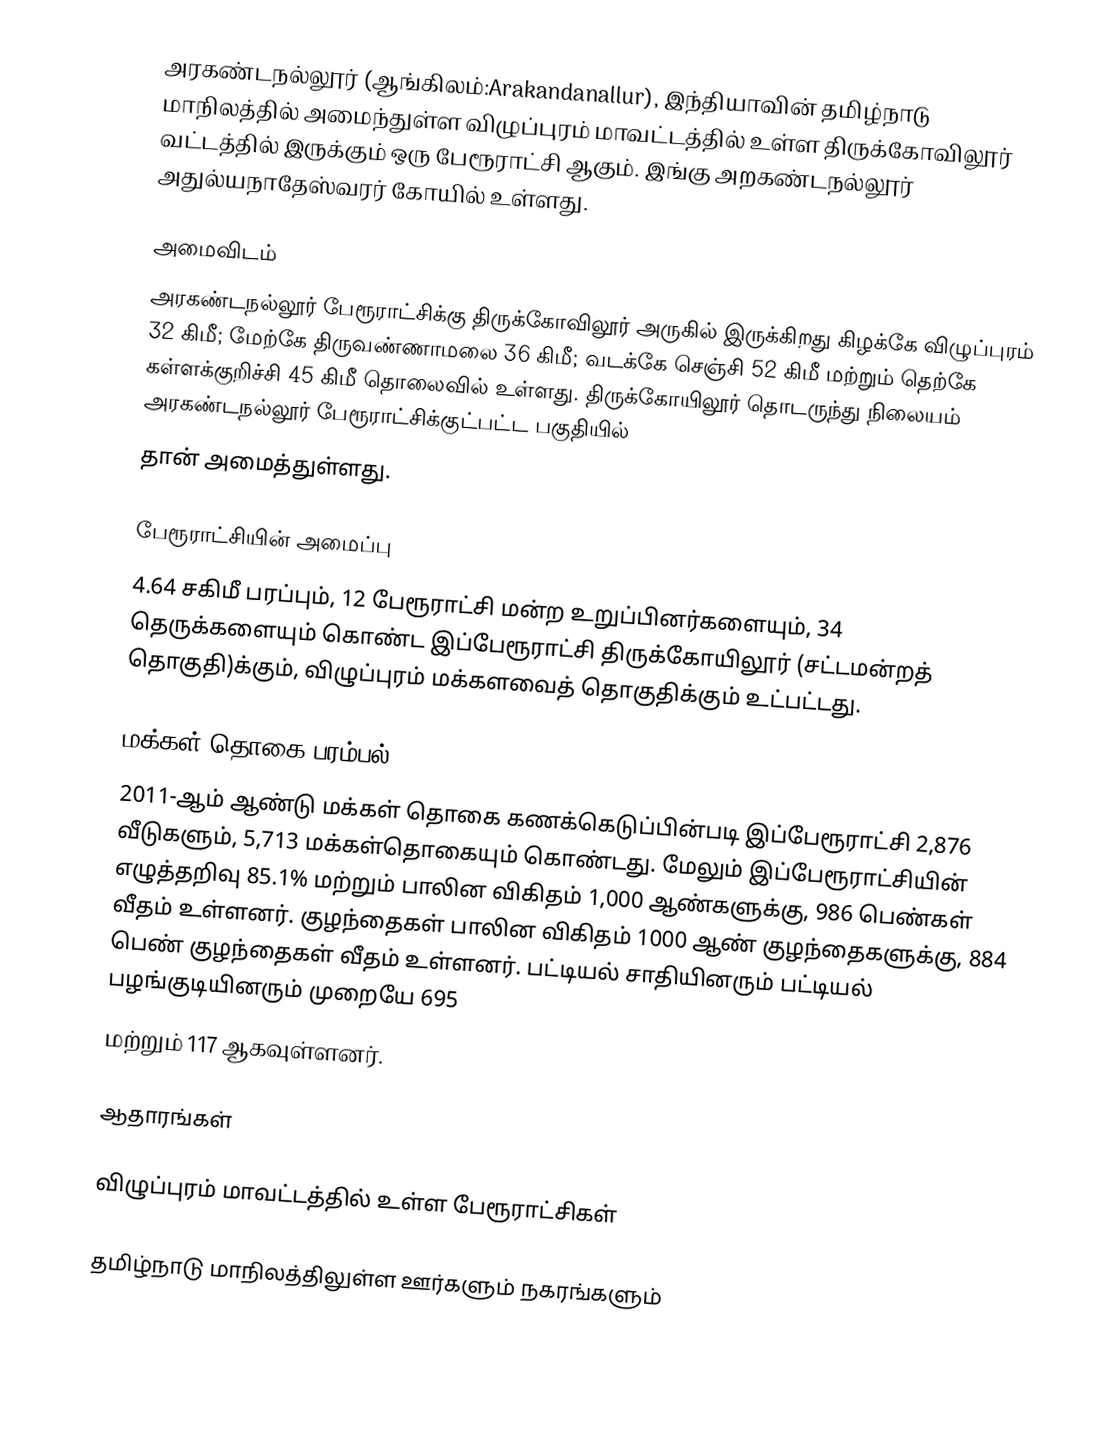
அரகண்டநல்லூர் (ஆங்கிலம்:Arakandanallur), இந்தியாவின் தமிழ்நாடு மாநிலத்தில் அமைந்துள்ள விழுப்புரம் மாவட்டத்தில் உள்ள திருக்கோவிலூர் வட்டத்தில்  இருக்கும் ஒரு பேரூராட்சி ஆகும். இங்கு  அறகண்டநல்லூர் அதுல்யநாதேஸ்வரர் கோயில் உள்ளது.

அமைவிடம்
அரகண்டநல்லூர் பேரூராட்சிக்கு திருக்கோவிலூர்  அருகில் இருக்கிறது கிழக்கே விழுப்புரம் 32 கிமீ; மேற்கே திருவண்ணாமலை 36 கிமீ; வடக்கே செஞ்சி 52 கிமீ மற்றும் தெற்கே கள்ளக்குறிச்சி 45 கிமீ தொலைவில் உள்ளது. திருக்கோயிலூர் தொடருந்து நிலையம் அரகண்டநல்லூர் பேரூராட்சிக்குட்பட்ட பகுதியில்
தான் அமைத்துள்ளது.

பேரூராட்சியின் அமைப்பு
4.64 சகிமீ பரப்பும், 12 பேரூராட்சி மன்ற உறுப்பினர்களையும், 34 தெருக்களையும் கொண்ட  இப்பேரூராட்சி திருக்கோயிலூர் (சட்டமன்றத் தொகுதி)க்கும், விழுப்புரம் மக்களவைத் தொகுதிக்கும் உட்பட்டது.

மக்கள் தொகை பரம்பல்
2011-ஆம் ஆண்டு மக்கள் தொகை கணக்கெடுப்பின்படி   இப்பேரூராட்சி   2,876      வீடுகளும், 5,713  மக்கள்தொகையும் கொண்டது. மேலும் இப்பேரூராட்சியின் எழுத்தறிவு 85.1% மற்றும் பாலின விகிதம் 1,000 ஆண்களுக்கு, 986 பெண்கள் வீதம் உள்ளனர். குழந்தைகள் பாலின விகிதம் 1000 ஆண் குழந்தைகளுக்கு, 884  பெண் குழந்தைகள் வீதம் உள்ளனர்.  பட்டியல் சாதியினரும் பட்டியல் பழங்குடியினரும்  முறையே 695
மற்றும்  117 ஆகவுள்ளனர்.

ஆதாரங்கள்

விழுப்புரம் மாவட்டத்தில் உள்ள பேரூராட்சிகள்

தமிழ்நாடு மாநிலத்திலுள்ள ஊர்களும் நகரங்களும்